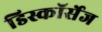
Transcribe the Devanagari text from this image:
डिस्कॉर्सेज